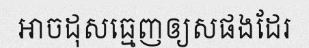
អាចដុសធ្មេញឲ្យសផងដែរ